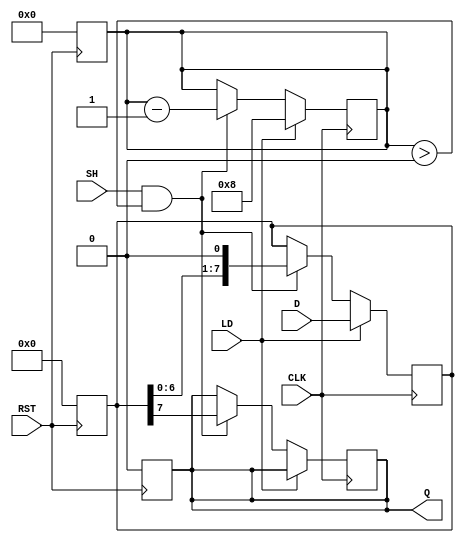
module PISO_Register #(
    parameter WIDTH = 8 // Configurable width of the input data
)(
    input wire [WIDTH-1:0] D,  // Parallel input data
    input wire LD,              // Load control signal
    input wire SH,              // Shift control signal
    input wire CLK,             // Clock signal
    input wire RST,             // Reset signal
    output reg Q                // Serial output
);

    reg [WIDTH-1:0] shift_reg;  // Internal shift register
    reg [3:0] bit_count;         // Counter for bits shifted out

    // Asynchronous reset
    always @(posedge RST) begin
        shift_reg <= 0;          // Clear the shift register
        Q <= 0;                  // Clear the output
        bit_count <= 0;          // Reset bit count
    end

    // Load data into the shift register
    always @(posedge CLK) begin
        if (LD) begin
            shift_reg <= D;       // Load data on rising edge of CLK
            bit_count <= WIDTH;   // Set bit count to the width of the data
        end
        else if (SH && bit_count > 0) begin
            Q <= shift_reg[WIDTH-1]; // Shift out the MSB
            shift_reg <= {shift_reg[WIDTH-2:0], 1'b0}; // Shift left
            bit_count <= bit_count - 1; // Decrement bit count
        end
    end

endmodule